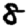
Digit: 8